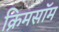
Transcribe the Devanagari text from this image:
क्रिमसॉम